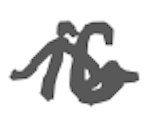
Text: is
Cross-out: wave
Writing tool: digital_gray